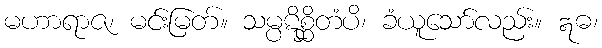
မဟာရာဇ၊ မင်းမြတ်။ သမ္ပဋိစ္ဆိတံပိ၊ ခံယူသော်လည်း။ ဣဓ၊